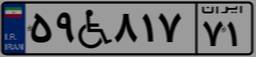
۵۹W۸۱۷۷۱